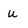
Character: u